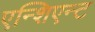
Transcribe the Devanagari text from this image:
एन्शिएन्ट